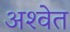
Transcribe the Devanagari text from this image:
अश्‍वेत